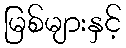
မြစ်များနှင့်